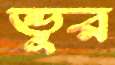
ভূর